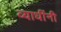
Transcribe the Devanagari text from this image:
व्याधींनी